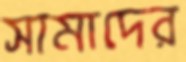
সামাদের